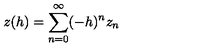
z ( h ) = \sum _ { n = 0 } ^ { \infty } ( - h ) ^ { n } z _ { n }